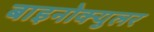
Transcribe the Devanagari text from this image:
बाइनोक्युलर